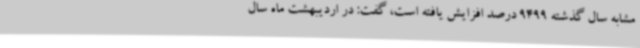
مشابه سال گذشته 9499 درصد افزایش یافته است، گفت: در اردیبهشت ماه سال